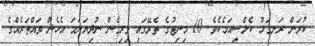
ކުރަން ރަނގަޅު ކެލްސިއަމެކެވެ. 10 މިނިޓުގެ ތެރޭގައި ވިރިގެން ނުދިޔަނަމަ އެހެން ވައްތަރެއްގެ